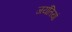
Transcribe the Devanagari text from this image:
जयंतियां